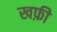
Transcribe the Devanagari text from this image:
खफ़ी